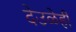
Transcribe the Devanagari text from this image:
देउळेही